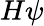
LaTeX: H\psi